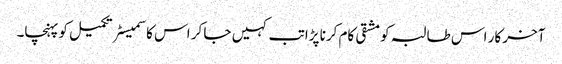
آخر کار اس طالبہ کو مشقی کام کرنا پڑا تب کہیں جا کر اس کا سمیسٹر تکمیل کو پہنچا۔